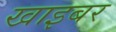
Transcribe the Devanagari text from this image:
खाइबर